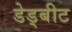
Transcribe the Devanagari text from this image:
डेड्बीट